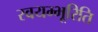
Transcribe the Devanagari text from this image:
स्वयम्भूरिति